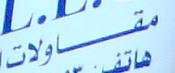
مقاولات